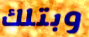
وبتلك